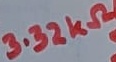
Text: 3.32KΩ